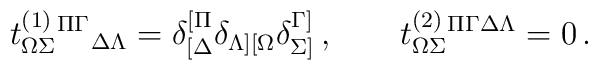
t^{(1)}_{\Omega\Sigma}{}^{\Pi\Gamma}{}_{\Delta\Lambda}=\delta_{[\Delta}^{[\Pi}\delta_{\Lambda][\Omega}\delta_{\Sigma]}^{\Gamma]}\,,\qquad t^{(2)}_{\Omega\Sigma}{}^{\Pi\Gamma\Delta\Lambda}=0  \,.